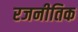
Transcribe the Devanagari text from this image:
रजनीतिक